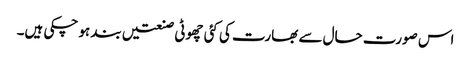
اس صورت حال سے بھارت کی کئی چھوٹی صنعتیں بند ہو چکی ہیں۔